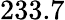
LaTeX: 233.7